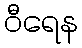
ဝီရေန